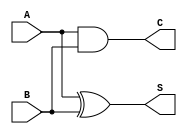
// Adder/Subtractor, XOR, AND, OR, bitshift_left, bitshift_right, rotate_left,rotate_right

// mathCKT Uses implicit XORs
module halfAdder(S, C, A, B);
	output S, C;
	input  A, B;

	xor x0(S, A, B);
	and a0(C, A, B);
endmodule

module byteIncrementer(R, I);
	output[7:0] R;
	input [7:0] I;
	supply1     One;
	
	wire  [7:0] T;		// Tranfer wires

	halfAdder h0(R[0], T[0], I[0], One);
	halfAdder h1(R[1], T[1], I[1], T[0]);
	halfAdder h2(R[2], T[2], I[2], T[1]);
	halfAdder h3(R[3], T[3], I[3], T[2]);
	halfAdder h4(R[4], T[4], I[4], T[3]);
	halfAdder h5(R[5], T[5], I[5], T[4]);
	halfAdder h6(R[6], T[6], I[6], T[5]);
	halfAdder h7(R[7], T[7], I[7], T[6]);
endmodule

module fAddr(outC, sum, inC, A, B);
	output outC, sum;
	input  inC, A, B;
	wire   abSum, abCarry, hA2Carry;

	xor x1(abSum, A, B);
	and a1(abCarry, A, B);
	xor x2(sum, abSum, inC);
	and a2(hA2Carry, abSum, inC);

	or  o1(outC, hA2Carry, abCarry);
endmodule

module mathCKT(outC, ovFL, sum, SUB, A, B);
	output outC, ovFL;			// ovFL is overflow flag
	output [7:0] sum;
	input  SUB;
	input  [7:0] A, B;
	
	wire   [6:0] cp;			// Carry Propogation Wire
	wire   [7:0] xCon;			// XOR to B connector
	
	xor x0(xCon[0], B[0], SUB);
	xor x1(xCon[1], B[1], SUB);
	xor x2(xCon[2], B[2], SUB);
	xor x3(xCon[3], B[3], SUB);
	xor x4(xCon[4], B[4], SUB);
	xor x5(xCon[5], B[5], SUB);
	xor x6(xCon[6], B[6], SUB);
	xor x7(xCon[7], B[7], SUB);

	fAddr f0(cp[0], sum[0], SUB  , A[0], xCon[0]);
	fAddr f1(cp[1], sum[1], cp[0], A[1], xCon[1]);
	fAddr f2(cp[2], sum[2], cp[1], A[2], xCon[2]);
	fAddr f3(cp[3], sum[3], cp[2], A[3], xCon[3]);
	fAddr f4(cp[4], sum[4], cp[3], A[4], xCon[4]);
	fAddr f5(cp[5], sum[5], cp[4], A[5], xCon[5]);
	fAddr f6(cp[6], sum[6], cp[5], A[6], xCon[6]);
	fAddr f7(outC , sum[7], cp[6], A[7], xCon[7]);

	xor ovF(ovFL, cp[6], outC);		// Overflow Check
endmodule

// R for Result
module xorCKT(R, A, B);
	input [7:0] A, B;
	output[7:0] R;

	xor x0(R[0], A[0], B[0]);
	xor x1(R[1], A[1], B[1]);
	xor x2(R[2], A[2], B[2]);
	xor x3(R[3], A[3], B[3]);
	xor x4(R[4], A[4], B[4]);
	xor x5(R[5], A[5], B[5]);
	xor x6(R[6], A[6], B[6]);
	xor x7(R[7], A[7], B[7]);
endmodule	

module ornCKT(R, A, B, S0);
	input [7:0] A, B;
	output[7:0] R;
	wire  [7:0] O;
	input S0;

	or  x0(O[0], A[0], B[0]);
	or  x1(O[1], A[1], B[1]);
	or  x2(O[2], A[2], B[2]);
	or  x3(O[3], A[3], B[3]);
	or  x4(O[4], A[4], B[4]);
	or  x5(O[5], A[5], B[5]);
	or  x6(O[6], A[6], B[6]);
	or  x7(O[7], A[7], B[7]);

	xor y0(R[0], S0, O[0]);
	xor y1(R[1], S0, O[1]);
	xor y2(R[2], S0, O[2]);
	xor y3(R[3], S0, O[3]);
	xor y4(R[4], S0, O[4]);
	xor y5(R[5], S0, O[5]);
	xor y6(R[6], S0, O[6]);
	xor y7(R[7], S0, O[7]);
endmodule

module andCKT(R, A, B);
	input [7:0] A, B;
	output[7:0] R;

	and x0(R[0], A[0], B[0]);
	and x1(R[1], A[1], B[1]);
	and x2(R[2], A[2], B[2]);
	and x3(R[3], A[3], B[3]);
	and x4(R[4], A[4], B[4]);
	and x5(R[5], A[5], B[5]);
	and x6(R[6], A[6], B[6]);
	and x7(R[7], A[7], B[7]);
endmodule

module bitshiftLeft(R, A);
	input [7:0] A;
	output[7:0] R;
	
	buf b0(R[7], A[6]);
	buf b1(R[6], A[5]);
	buf b2(R[5], A[4]);
	buf b3(R[4], A[3]);
	buf b4(R[3], A[2]);
	buf b5(R[2], A[1]);
	buf b6(R[1], A[0]);
	buf b7(R[0], 1'b0);
endmodule

module bitshiftRight(R, A);
	input [7:0] A;
	output[7:0] R;
	
	buf b0(R[7], 1'b0);
	buf b1(R[6], A[7]);
	buf b2(R[5], A[6]);
	buf b3(R[4], A[5]);
	buf b4(R[3], A[4]);
	buf b5(R[2], A[3]);
	buf b6(R[1], A[2]);
	buf b7(R[0], A[1]);
endmodule

module rotateLeft(R, A);
	input [7:0] A;
	output[7:0] R;
	
	buf b0(R[7], A[6]);
	buf b1(R[6], A[5]);
	buf b2(R[5], A[4]);
	buf b3(R[4], A[3]);
	buf b4(R[3], A[2]);
	buf b5(R[2], A[1]);
	buf b6(R[1], A[0]);
	buf b7(R[0], A[7]);
endmodule

module rotateRight(R, A);
	input [7:0] A;
	output[7:0] R;
	
	buf b0(R[7], A[0]);
	buf b1(R[6], A[7]);
	buf b2(R[5], A[6]);
	buf b3(R[4], A[5]);
	buf b4(R[3], A[4]);
	buf b5(R[2], A[3]);
	buf b6(R[1], A[2]);
	buf b7(R[0], A[1]);
endmodule